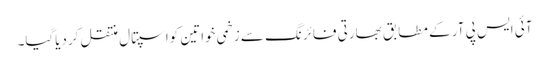
آئی ایس پی آر کے مطابق بھارتی فائرنگ سے زخمی خواتین کواسپتال منتقل کردیاگیا۔